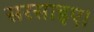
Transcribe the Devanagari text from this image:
सरसाइए।